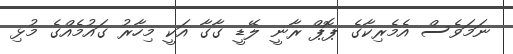
ނަމަވެސް އެމެރިކާގެ ޕޮޕް ރާނީ ލޭޑީ ގާގާ އަކީ މިހާރު ގައުމެއްގެ މުޅި